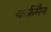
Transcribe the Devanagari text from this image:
कर्फ़मैन